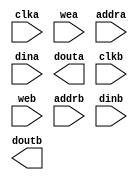
module coregen_bram(
  clka,
  wea,
  addra,
  dina,
  douta,
  clkb,
  web,
  addrb,
  dinb,
  doutb
);

input clka;
input [3 : 0] wea;
input [31 : 0] addra;
input [31 : 0] dina;
output [31 : 0] douta;
input clkb;
input [3 : 0] web;
input [31 : 0] addrb;
input [31 : 0] dinb;
output [31 : 0] doutb;

// synthesis translate_off

  BLK_MEM_GEN_V7_3 #(
    .C_ADDRA_WIDTH(32),
    .C_ADDRB_WIDTH(32),
    .C_ALGORITHM(1),
    .C_AXI_ID_WIDTH(4),
    .C_AXI_SLAVE_TYPE(0),
    .C_AXI_TYPE(1),
    .C_BYTE_SIZE(8),
    .C_COMMON_CLK(0),
    .C_DEFAULT_DATA("0"),
    .C_DISABLE_WARN_BHV_COLL(0),
    .C_DISABLE_WARN_BHV_RANGE(0),
    .C_ENABLE_32BIT_ADDRESS(1),
    .C_FAMILY("spartan6"),
    .C_HAS_AXI_ID(0),
    .C_HAS_ENA(0),
    .C_HAS_ENB(0),
    .C_HAS_INJECTERR(0),
    .C_HAS_MEM_OUTPUT_REGS_A(0),
    .C_HAS_MEM_OUTPUT_REGS_B(0),
    .C_HAS_MUX_OUTPUT_REGS_A(1),
    .C_HAS_MUX_OUTPUT_REGS_B(1),
    .C_HAS_REGCEA(0),
    .C_HAS_REGCEB(0),
    .C_HAS_RSTA(0),
    .C_HAS_RSTB(0),
    .C_HAS_SOFTECC_INPUT_REGS_A(0),
    .C_HAS_SOFTECC_OUTPUT_REGS_B(0),
    .C_INIT_FILE("BlankString"),
    .C_INIT_FILE_NAME("coregen_bram.mif"),
    .C_INITA_VAL("0"),
    .C_INITB_VAL("0"),
    .C_INTERFACE_TYPE(0),
    .C_LOAD_INIT_FILE(1),
    .C_MEM_TYPE(2),
    .C_MUX_PIPELINE_STAGES(0),
    .C_PRIM_TYPE(1),
    .C_READ_DEPTH_A(257),
    .C_READ_DEPTH_B(257),
    .C_READ_WIDTH_A(32),
    .C_READ_WIDTH_B(32),
    .C_RST_PRIORITY_A("CE"),
    .C_RST_PRIORITY_B("CE"),
    .C_RST_TYPE("SYNC"),
    .C_RSTRAM_A(0),
    .C_RSTRAM_B(0),
    .C_SIM_COLLISION_CHECK("NONE"),
    .C_USE_BRAM_BLOCK(0),
    .C_USE_BYTE_WEA(1),
    .C_USE_BYTE_WEB(1),
    .C_USE_DEFAULT_DATA(1),
    .C_USE_ECC(0),
    .C_USE_SOFTECC(0),
    .C_WEA_WIDTH(4),
    .C_WEB_WIDTH(4),
    .C_WRITE_DEPTH_A(257),
    .C_WRITE_DEPTH_B(257),
    .C_WRITE_MODE_A("WRITE_FIRST"),
    .C_WRITE_MODE_B("WRITE_FIRST"),
    .C_WRITE_WIDTH_A(32),
    .C_WRITE_WIDTH_B(32),
    .C_XDEVICEFAMILY("spartan6")
  )
  inst (
    .CLKA(clka),
    .WEA(wea),
    .ADDRA(addra),
    .DINA(dina),
    .DOUTA(douta),
    .CLKB(clkb),
    .WEB(web),
    .ADDRB(addrb),
    .DINB(dinb),
    .DOUTB(doutb),
    .RSTA(),
    .ENA(),
    .REGCEA(),
    .RSTB(),
    .ENB(),
    .REGCEB(),
    .INJECTSBITERR(),
    .INJECTDBITERR(),
    .SBITERR(),
    .DBITERR(),
    .RDADDRECC(),
    .S_ACLK(),
    .S_ARESETN(),
    .S_AXI_AWID(),
    .S_AXI_AWADDR(),
    .S_AXI_AWLEN(),
    .S_AXI_AWSIZE(),
    .S_AXI_AWBURST(),
    .S_AXI_AWVALID(),
    .S_AXI_AWREADY(),
    .S_AXI_WDATA(),
    .S_AXI_WSTRB(),
    .S_AXI_WLAST(),
    .S_AXI_WVALID(),
    .S_AXI_WREADY(),
    .S_AXI_BID(),
    .S_AXI_BRESP(),
    .S_AXI_BVALID(),
    .S_AXI_BREADY(),
    .S_AXI_ARID(),
    .S_AXI_ARADDR(),
    .S_AXI_ARLEN(),
    .S_AXI_ARSIZE(),
    .S_AXI_ARBURST(),
    .S_AXI_ARVALID(),
    .S_AXI_ARREADY(),
    .S_AXI_RID(),
    .S_AXI_RDATA(),
    .S_AXI_RRESP(),
    .S_AXI_RLAST(),
    .S_AXI_RVALID(),
    .S_AXI_RREADY(),
    .S_AXI_INJECTSBITERR(),
    .S_AXI_INJECTDBITERR(),
    .S_AXI_SBITERR(),
    .S_AXI_DBITERR(),
    .S_AXI_RDADDRECC()
  );

// synthesis translate_on

endmodule